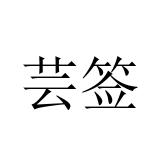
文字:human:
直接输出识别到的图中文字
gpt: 芸签